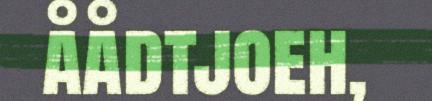
åådtjoeh,